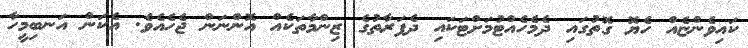
ކައިވެންޏެއް ހެޔޮ ގޮތުގައި ދެމެހެއްޓުމަށްޓަކައި ދެފަރާތުގެ ޒިންމާތަކެއް އޮންނަން ޖެހެއެވެ. އެކަން އަނބިމީހާ